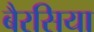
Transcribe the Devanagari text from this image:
बैरसिया